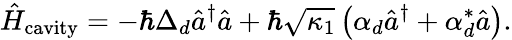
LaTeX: \hat{H}_{\mathrm{cavity}}=-\hbar\Delta_{d}\hat{a}^{\dagger}\hat{a}+\hbar\sqrt{\kappa_{1}}\left(\alpha_{d}\hat{a}^{\dagger}+\alpha_{d}^{*}\hat{a}\right).